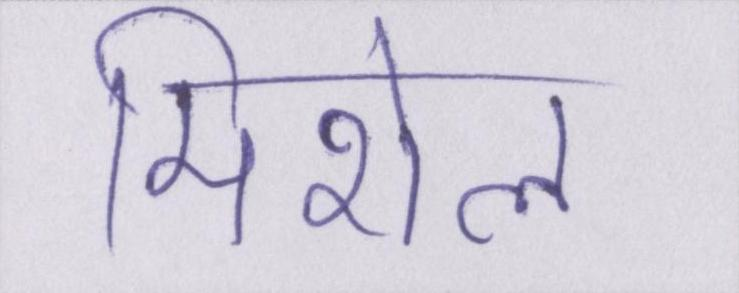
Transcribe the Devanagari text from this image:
मिशेल